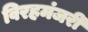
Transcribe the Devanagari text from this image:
विरहमंजरी